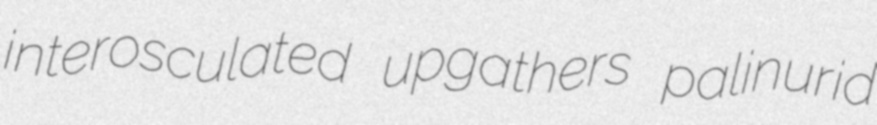
interosculated upgathers palinurid